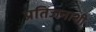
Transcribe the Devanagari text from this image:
प्रतिजनाशी